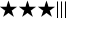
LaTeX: \bigstar \bigstar \bigstar | | |